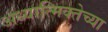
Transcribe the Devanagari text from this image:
अध्यात्मिक्तेच्या